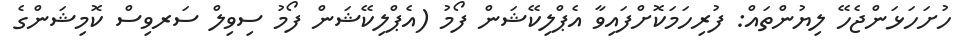
ހުށަހަޅަންޖެހޭ ލިޔުންތައް: ފުރިހަމަކޮށްފައިވާ އެޕްލިކޭޝަން ފޯމު (އެޕްލިކޭޝަން ފޯމު ސިވިލް ސަރވިސް ކޮމިޝަންގެ